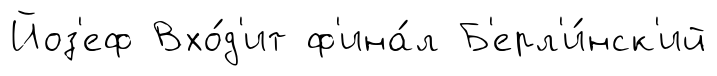
Йоз'еф Вхо́д'ит ф'ина́л Б'ерл'и́нск'ий